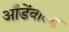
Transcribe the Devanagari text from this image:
औडेंवाल्ड